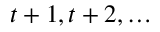
t + 1 , t + 2 , \ldots